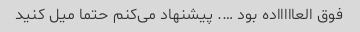
فوق العاااااده بود …. پیشنهاد می‌کنم حتما میل کنید